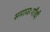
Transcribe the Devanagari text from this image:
समाजःगाँधी